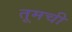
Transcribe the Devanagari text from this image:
तूमची